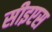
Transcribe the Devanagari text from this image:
सीइएस